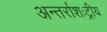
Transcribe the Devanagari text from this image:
अन्तर्राशःट्रीय